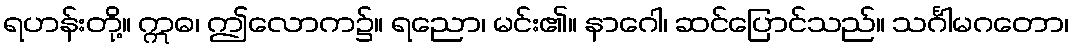
ရဟန်းတို့။ ဣဓ၊ ဤလောက၌။ ရညော၊ မင်း၏။ နာဂေါ၊ ဆင်ပြောင်သည်။ သင်္ဂါမဂတော၊